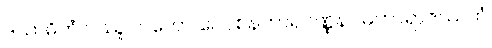
ဒသာဓိကံ ဝဿူပဂတော ဝေဝစနဟာရဝဏ္ဏနာ မဟာရာဇဿဟံ